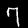
Label: 7